Vaccine operations Central Provinces 1900-1911 - 1900-1911
Year: 1900
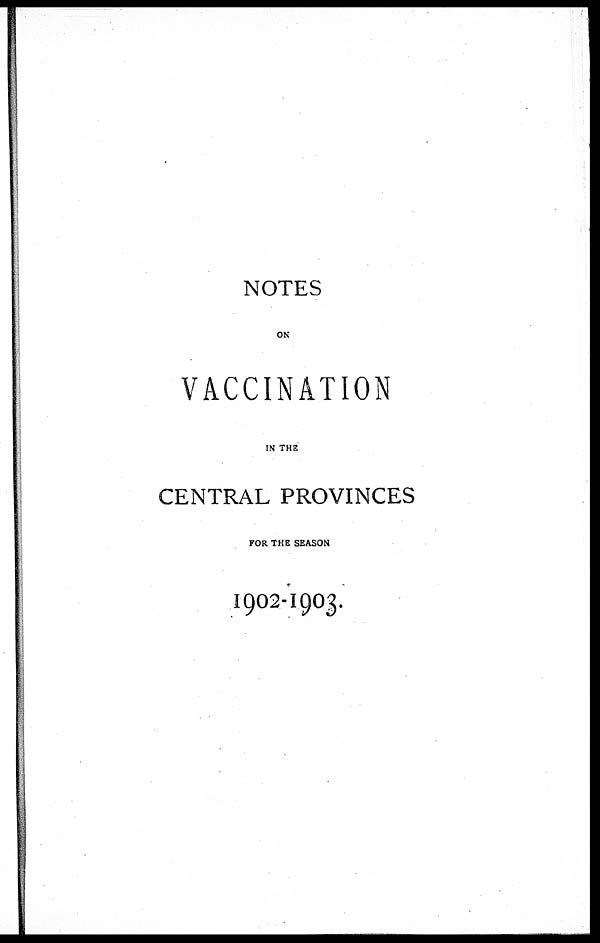
NOTES
ON
VACCINATION
IN THE
CENTRAL PROVINCES
FOR THE SEASON
1902-1903.